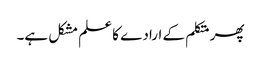
پھر متکلم کے ارادے کا علم مشکل ہے۔